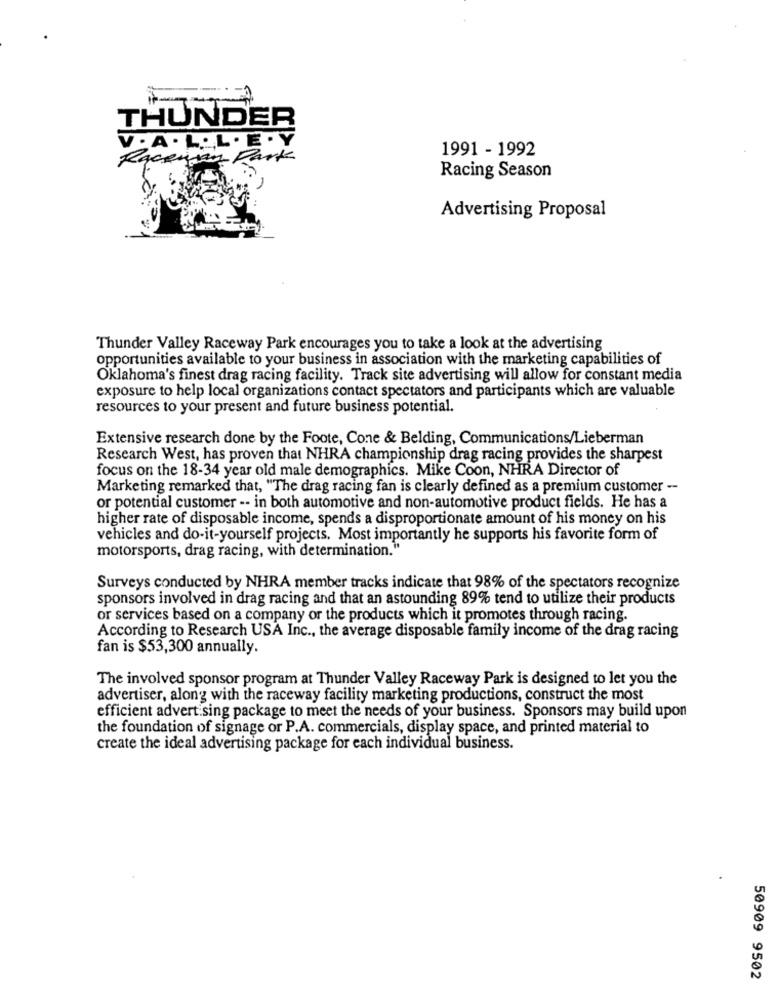
THUNDER
V. A. L. L. E . Y
1991 - 1992
Racesiam Park
Racing Season
Advertising Proposal
Thunder Valley Raceway Park encourages you to take a look at the advertising
opportunities available to your business in association with the marketing capabilities of
Oklahoma's finest drag racing facility. Track site advertising will allow for constant media
exposure to help local organizations contact spectators and participants which are valuable
resources to your present and future business potential.
Extensive research done by the Foote, Cone & Belding, Communications/Lieberman
Research West, has proven that NHRA championship drag racing provides the sharpest
focus on the 18-34 year old male demographics. Mike Coon, NHRA Director of
Marketing remarked that, "The drag racing fan is clearly defined as a premium customer --
or potential customer -- in both automotive and non-automotive product fields. He has a
higher rate of disposable income, spends a disproportionate amount of his money on his
vehicles and do-it-yourself projects. Most importantly he supports his favorite form of
motorsports, drag racing, with determination."
Surveys conducted by NHRA member tracks indicate that 98% of the spectators recognize
sponsors involved in drag racing and that an astounding 89% tend to utilize their products
or services based on a company or the products which it promotes through racing.
According to Research USA Inc ., the average disposable family income of the drag racing
fan is $53,300 annually.
The involved sponsor program at Thunder Valley Raceway Park is designed to let you the
advertiser, along with the raceway facility marketing productions, construct the most
efficient advertising package to meet the needs of your business. Sponsors may build upon
the foundation of signage or P.A. commercials, display space, and printed material to
create the ideal advertising package for each individual business.
50909 9502